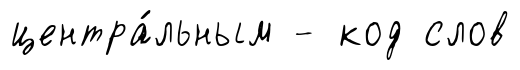
центра́льным - код слов